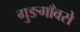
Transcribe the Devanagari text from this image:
गुङगाँवसे